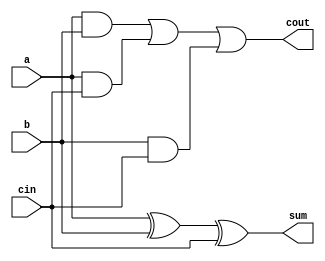
module full_adder(input a, b, cin, output sum, cout);

//input a,b,cin;
//output sum, cout;

//reg cout1, cout2, cout3;
	//assign cout1 = a & b;
	//assign cout2 = a & cin;
	//assign cout3 = b & cin;
	assign cout = (a&b) | (a&cin) | (b&cin);

	assign sum = a ^ b ^ cin;

endmodule